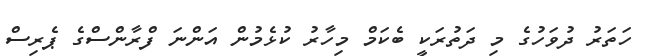
ހަތަރު ދުވަހުގެ މި ދަތުރަކީ ބެކަމް މިހާރު ކުޅެމުން އަންނަ ފްރާންސްގެ ޕެރިސް